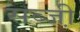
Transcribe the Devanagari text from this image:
सब्जी़